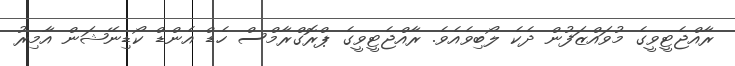
ރާއްޖެޓީވީގެ މުވައްޒަފުން ދެކެ ލޯބިވެއެވެ. ރާއްޖެޓީވީގެ ޕްރޮގްރާމްސް ހެޑް އެންޑް ކޯޑިނޭޝަން އާމިރު